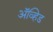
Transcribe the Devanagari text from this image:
अॅव्हिड